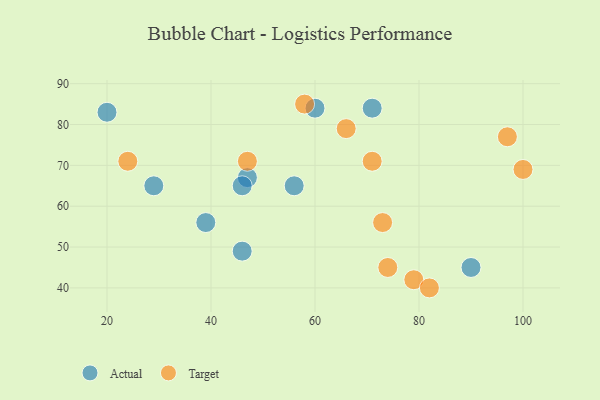
{"axis": {"x": "GDP", "y": "Life Expectancy"}, "legend": ["Actual", "Target"], "data": [{"x": "47", "y": 67, "type": "Actual"}, {"x": "71", "y": 84, "type": "Actual"}, {"x": "46", "y": 65, "type": "Actual"}, {"x": "46", "y": 49, "type": "Actual"}, {"x": "56", "y": 65, "type": "Actual"}, {"x": "90", "y": 45, "type": "Actual"}, {"x": "60", "y": 84, "type": "Actual"}, {"x": "20", "y": 83, "type": "Actual"}, {"x": "29", "y": 65, "type": "Actual"}, {"x": "39", "y": 56, "type": "Actual"}, {"x": "71", "y": 71, "type": "Target"}, {"x": "58", "y": 85, "type": "Target"}, {"x": "79", "y": 42, "type": "Target"}, {"x": "24", "y": 71, "type": "Target"}, {"x": "47", "y": 71, "type": "Target"}, {"x": "66", "y": 79, "type": "Target"}, {"x": "73", "y": 56, "type": "Target"}, {"x": "74", "y": 45, "type": "Target"}, {"x": "82", "y": 40, "type": "Target"}, {"x": "97", "y": 77, "type": "Target"}, {"x": "100", "y": 69, "type": "Target"}]}